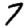
Digit: 7